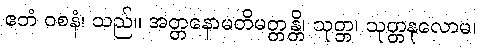
ဧတံ ဝစနံ၊ သည်။ အတ္တနောမတိမတ္တန္တိ၊ သုတ္တ၊ သုတ္တနုလောမ၊